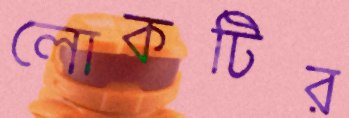
লোকটির